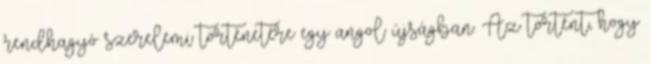
rendhagyó szerelemi történetére egy angol újságban. Az történt, hogy